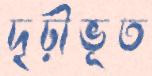
দৃঢ়ীভূত